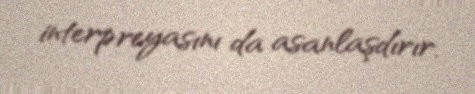
interpreyasını da asanlaşdırır.